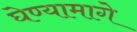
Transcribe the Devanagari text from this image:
घेण्यामागे